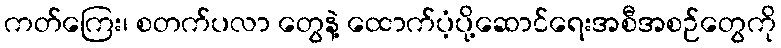
ကတ်ကြေး၊ စတက်ပလာ တွေနဲ့ ထောက်ပံ့ပို့ဆောင်ရေးအစီအစဉ်တွေကို